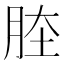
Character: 𦛏